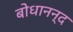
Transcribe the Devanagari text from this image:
बोधानन्द